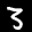
Label: 3